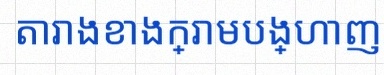
តារាងខាងក្រោមបង្ហាញពីទិន្នន័យ